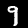
Label: 9